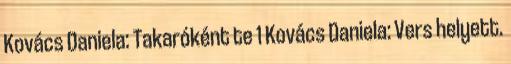
Kovács Daniela: Takaróként te 1 Kovács Daniela: Vers helyett.